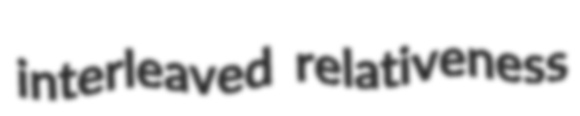
interleaved relativeness